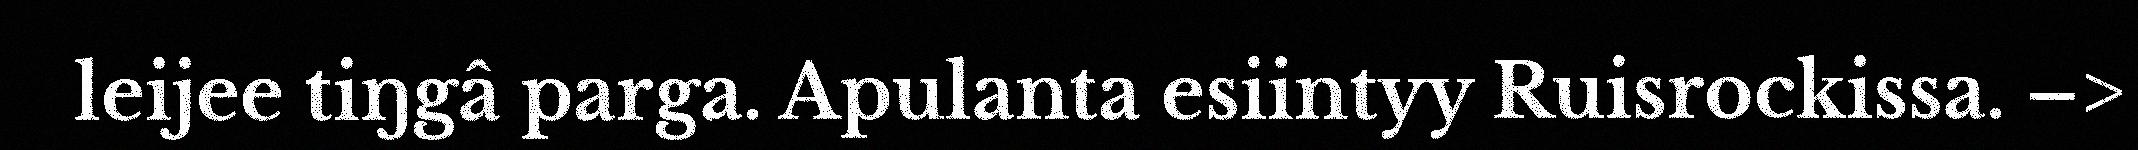
leijee tiŋgâ parga. Apulanta esiintyy Ruisrockissa. –>